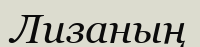
Лизаның